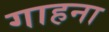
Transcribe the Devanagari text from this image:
गाहना